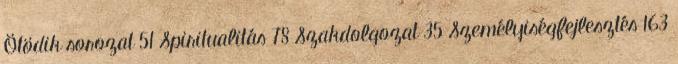
Ötödik sorozat 51 Spiritualitás 78 Szakdolgozat 35 Személyiségfejlesztés 163